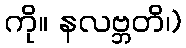
ကို။ နလဗ္ဘတိ၊)